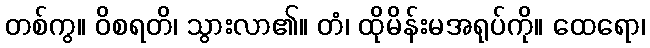
တစ်ကွ။ ဝိစရတိ၊ သွားလာ၏။ တံ၊ ထိုမိန်းမအရုပ်ကို။ ထေရော၊